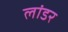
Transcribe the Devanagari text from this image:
लांडर